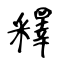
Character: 釋